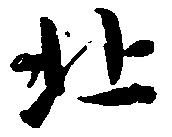
北